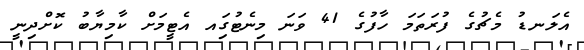
އެލަނޑު މެޗުގެ ފުރަތަމަ ހާފުގެ 41 ވަނަ މިނެޓުގަިއ އެޓީމަށް ކާމިޔާބު ކޮށްދިނީ